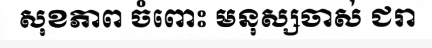
សុខភាព ចំពោះ មនុស្សចាស់ ជរា